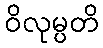
ဝိလုမ္ပတိ